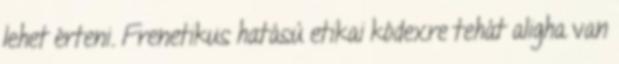
lehet érteni. Frenetikus hatású etikai kódexre tehát aligha van